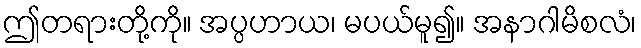
ဤတရားတို့ကို။ အပ္ပဟာယ၊ မပယ်မူ၍။ အနာဂါမိစလံ၊